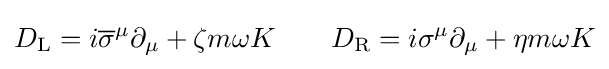
D_{\rm {L}}=i{\overline {\sigma }}^{\mu }\partial _{\mu }+\zeta m\omega K\qquad D_{\rm {R}}=i\sigma ^{\mu }\partial _{\mu }+\eta m\omega K